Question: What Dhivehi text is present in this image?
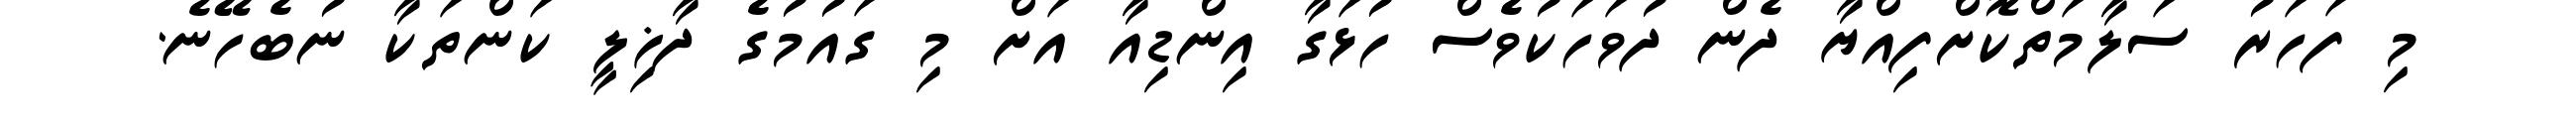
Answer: މި ފަހަރު ސަލާމަތްކޮށްފިއްޔާ ދެން ދުވަހަކުވެސް ހުޅަގާ އިންޑިއާ އަށް މި ގައުމުގެ ދާޚިލީ ކަންތަކާ ނުބެހޭނެ.